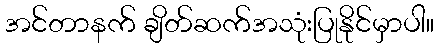
အင်တာနက် ချိတ်ဆက်အသုံးပြုနိုင်မှာပါ။